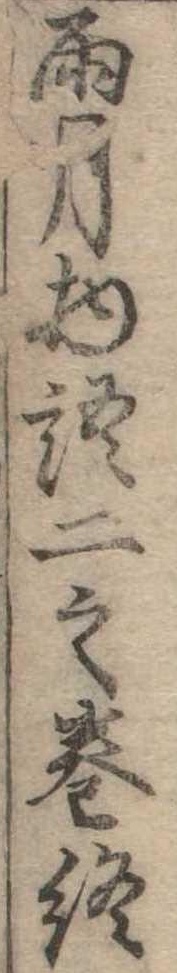
雨月物語二之巻終